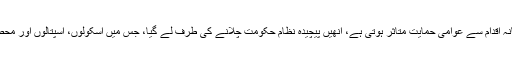
طالبان کو اس بات کا احساس ہونا کہ ظالمانہ اقدام سے عوامی حمایت متاثر ہوتی ہے، انھیں پیچیدہ نظامِ حکومت چلانے کی طرف لے گیا، جس میں اسکولوں، اسپتالوں اور محصولات جمع کرنے کا نظام بھی شامل ہے۔